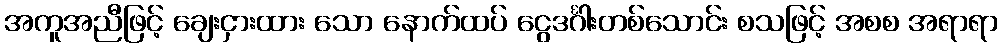
အကူအညီဖြင့် ချေးငှားထား သော နောက်ထပ် ငွေဒင်္ဂါးတစ်သောင်း စသဖြင့် အစစ အရာရာ